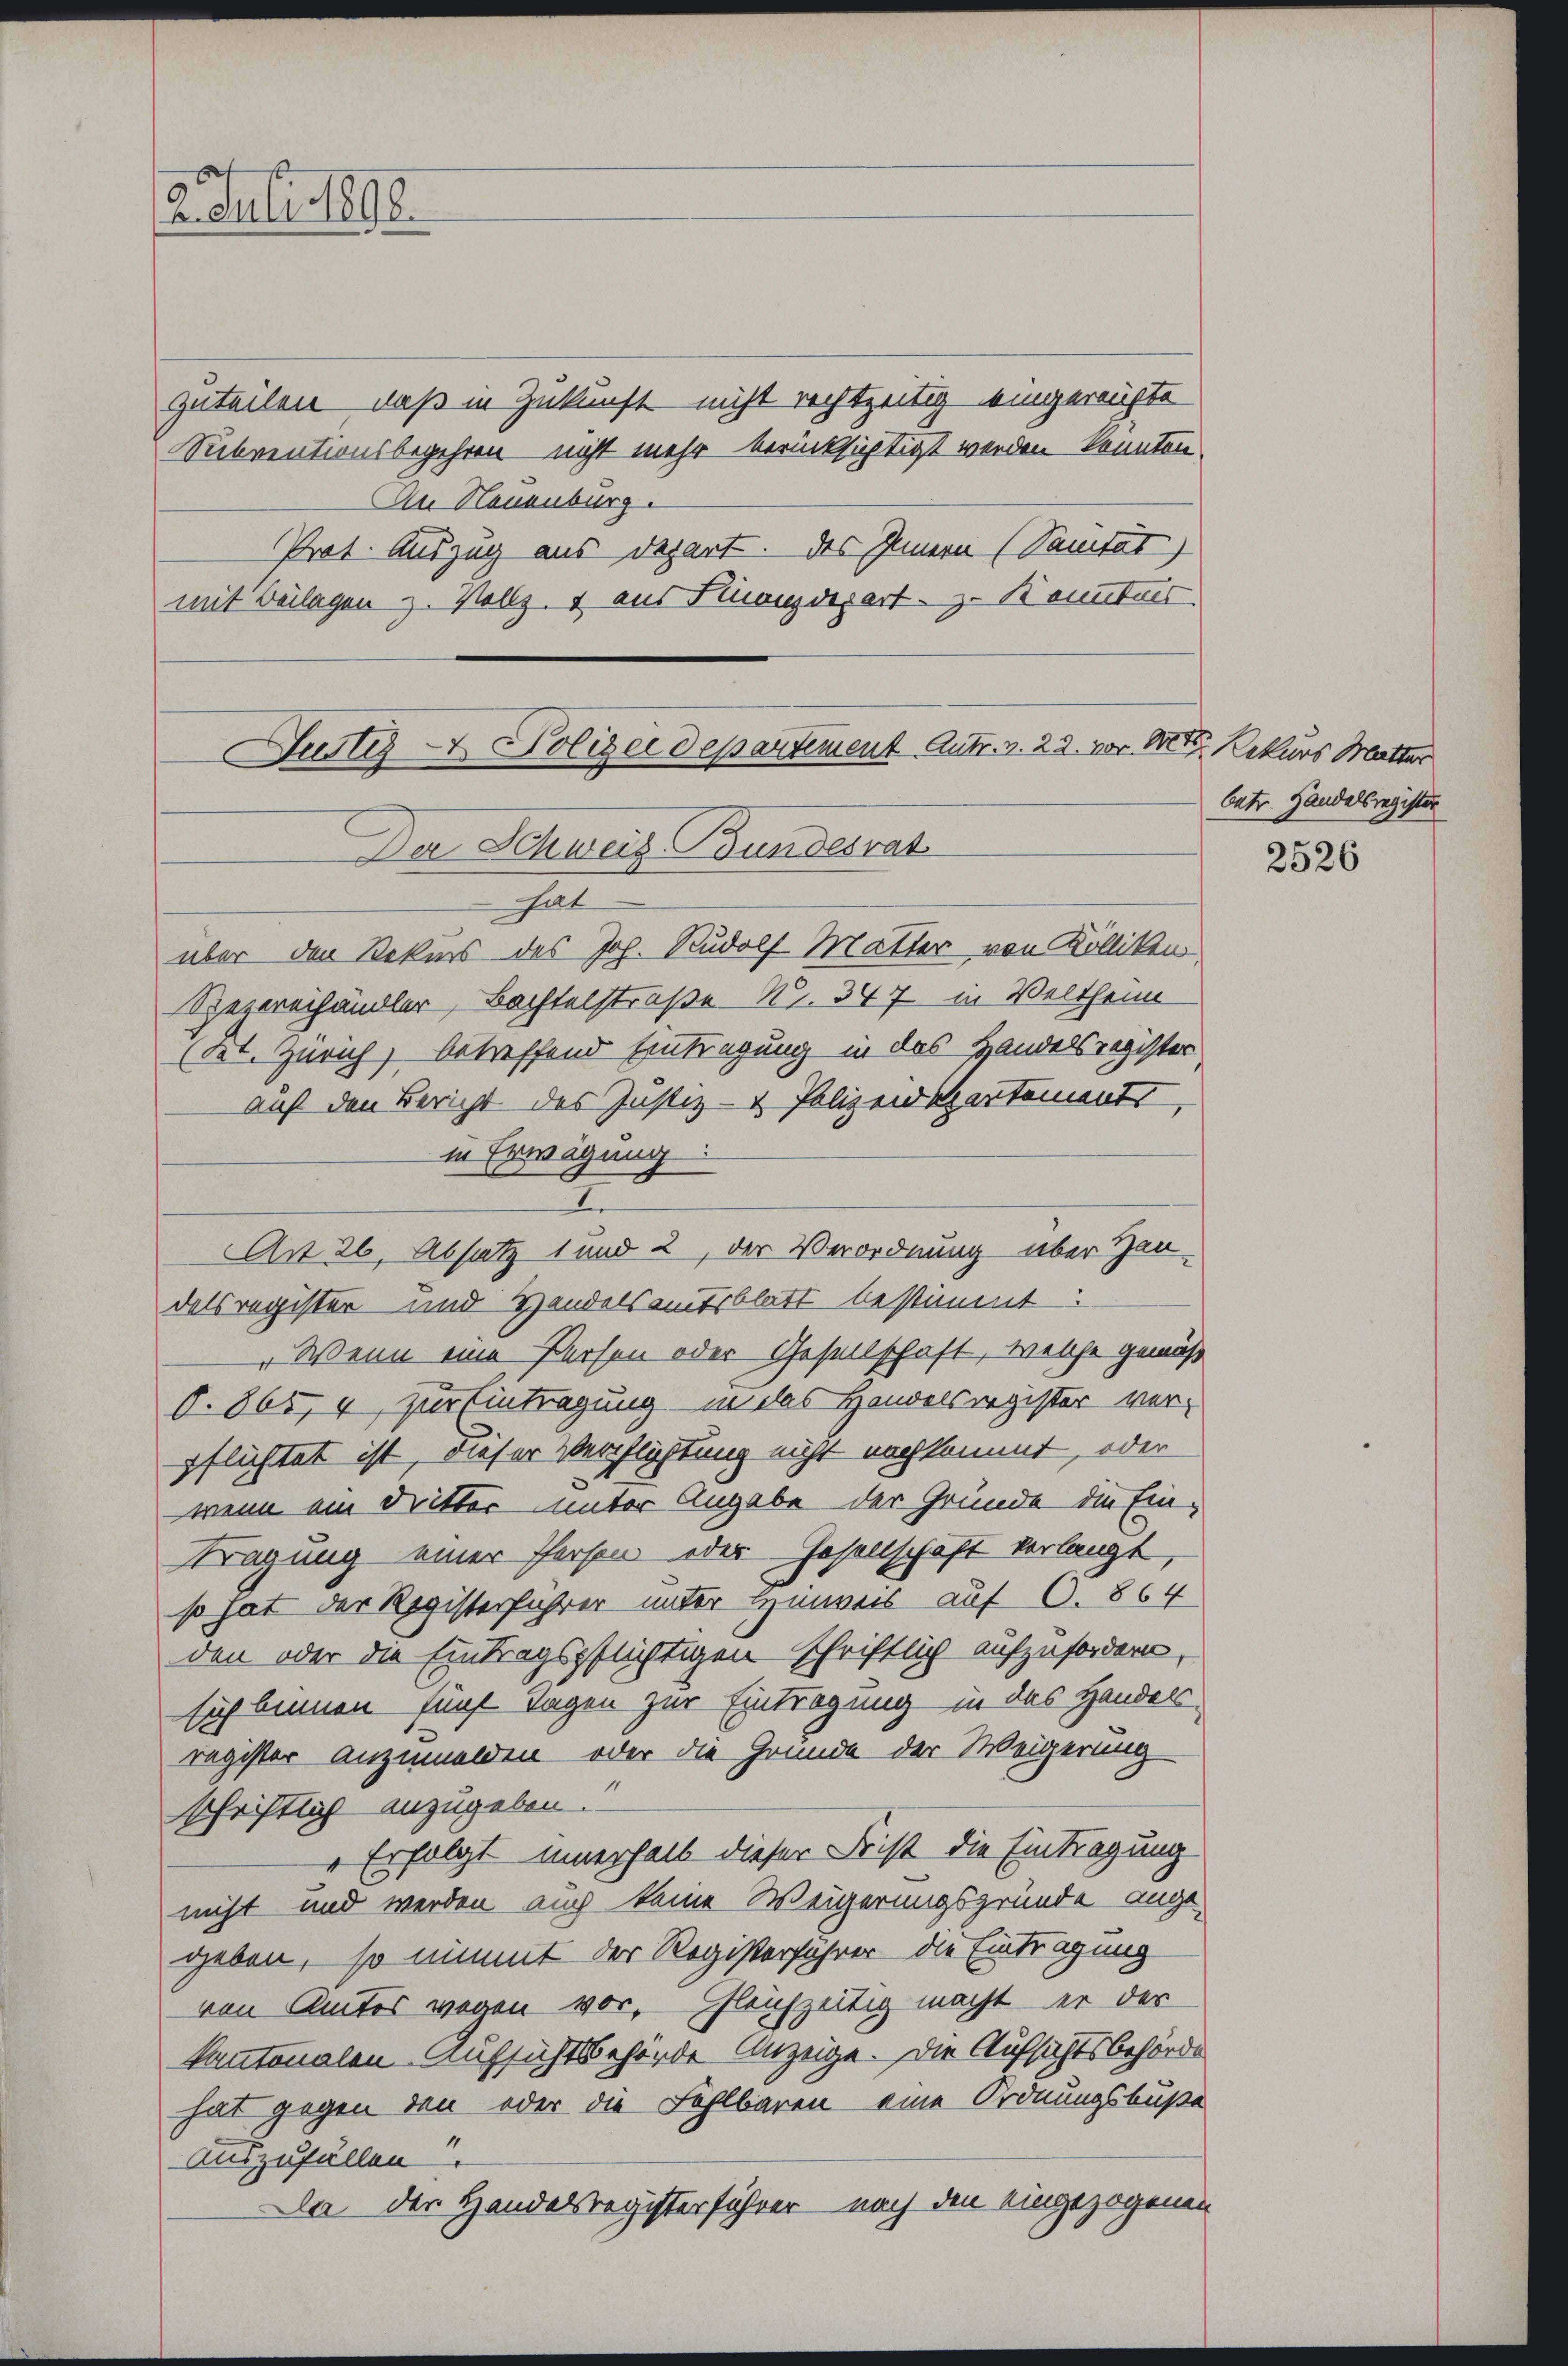
2. Juli 1898.

zuteilen, daß in Zukunft nicht rechtzeitig eingeraufte
Subventionsbegehren nicht mehr berücksichtigt werden könnten.
An Neuenburg.
Prot. Auszug aus Depart. des Innern (Sanität)
mit Beilagen z. Vollz, 2 aus Finanzdepart z. Konntes.

über den Rekurs des Joh. Rudolf Matter von Kölliken,
Spezereihändler, Bachtelstraße Nr. 347 in Veltheim
(Kt. Zürich, betreffend Eintragung in das Handelsregister
auf den Bericht des Justiz- & Polizeidepartements,
in Erwägung
An 26. Absatz 1 und 2, der Verordnung über Handelsregister und Handelsamtsblatt bestimmt:
Wenn eine Person oder Gesellschaft, welche gemäß
§.865, 4, Zur Eintragung in das Handelsregister verpflichtet ist, dieser Verpflichtung nicht nachkommt, oder
wenn ein Dritter unter Angabe der Gründe die Ein-
Kragung einer Person oder Gesellschaft verlangt,
so hat der Registerführer unter Hinweis auf O. 864
den oder die Eintragspflichtigen Schriftlich aufzufordern,
sich binnen fünf Tagen zur Eintragung in das Handels
register anzumelden oder die Gründe der Weigerung
schriftlich anzugeben.
„Erfolgt innerhalb dieser Frist die Eintragung
nicht und werden auch keine Weigerungsgründe ange-
geben, so nimmt der Registerführer die Eintragung
ven Amtes wegen vor. Gleichzeitig macht er der
kantonalen Aufsichtsbehörde Anzeige. Die Aufsichtsbehörde
hat gegen den oder die Fehlbaren eine Ordnungsbuße
auszufällen?
Da der Handelsregisterführer nach den eingezogenen

Justiz- & Polizeidepartement Antr. v. 22. vor der Rekurs Mutter
Der Schweiz. Bundesrat
e

betr. Handelsregister

2526